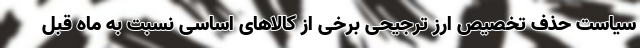
سیاست حذف تخصیص ارز ترجیحی برخی از کالاهای اساسی نسبت به ماه قبل